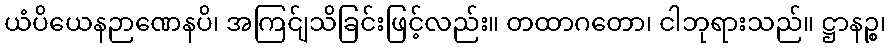
ယံပိယေနဉာဏေနပိ၊ အကြင်ျသိခြင်းဖြင့်လည်း။ တထာဂတော၊ ငါဘုရားသည်။ ဋ္ဌာနဉ္စ၊